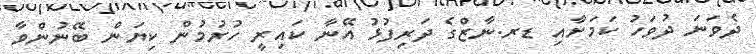
ދެވަނަ ދުވަހު ކަމަށާއި ޑރ.ނާޒްގެ ދަރިފުޅު އޭނާ ކައިރީ ހުރުމުން ކިޔަން ބޭނުންވާ